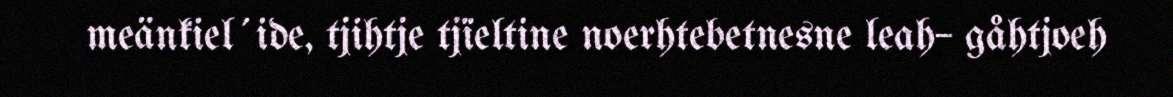
meänkiel´ide, tjihtje tjïeltine noerhtebetnesne leah– gåhtjoeh